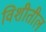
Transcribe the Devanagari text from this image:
विशीतील